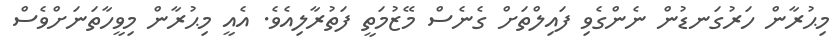
މިޙުރާން ހަރުގަނޑުން ނެންގެވި ފައިލްތަށް ގެނެސް މޭޒުމަތީ ފަތުރާލިއެވެ. އެއީ މިޙުރާން މިވީހާތަނަށްވެސް